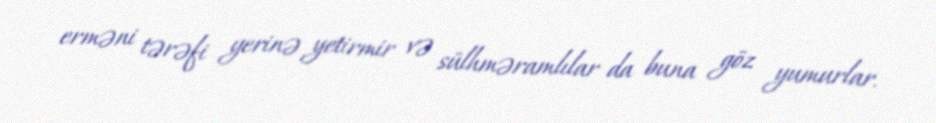
erməni tərəfi yerinə yetirmir və sülhməramlılar da buna göz yumurlar.